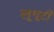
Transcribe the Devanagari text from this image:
लूगूटी